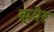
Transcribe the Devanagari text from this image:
क्र्येर